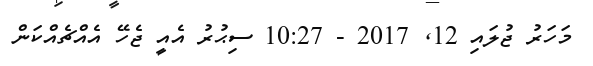
މަހަރު ޖުލައި 12